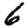
Digit: 6